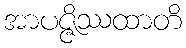
အာပဇ္ဇိဿထာတိ